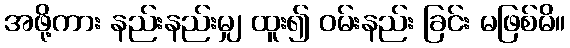
အဖို့ကား နည်းနည်းမျှ ထူး၍ ဝမ်းနည်း ခြင်း မဖြစ်မိ။